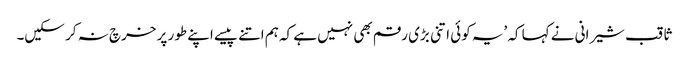
ثاقب شیرانی نے کہا کہ ’یہ کوئی اتنی بڑی رقم بھی نہیں ہے کہ ہم اتنے پیسے اپنے طور پر خرچ نہ کر سکیں۔